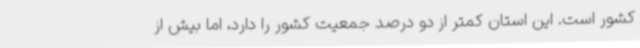
کشور است. این استان کمتر از دو درصد جمعیت کشور را دارد، اما بیش از